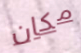
مكان